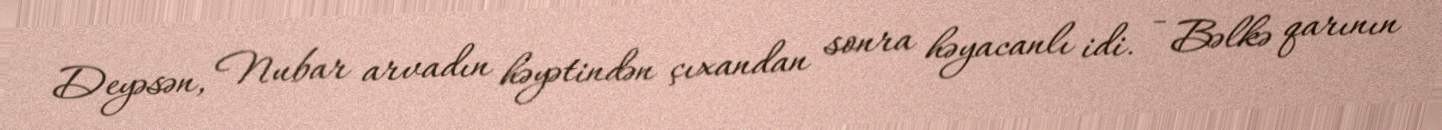
Deyəsən, Nubar arvadın həyətindən çıxandan sonra həyacanlı idi. - Bəlkə qarının